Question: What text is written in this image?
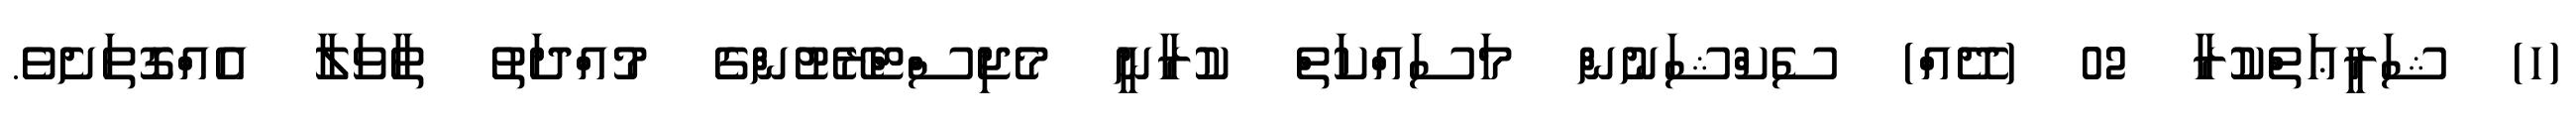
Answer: (ހ) ޝަރީޢަތްކުރާ 02 (ދޭއް) ސެކްޝަނުން މަސައްކަތް ކުރާނީ މެޖިސްޓްރޭޓުންގެ މުއްދަތު ތާވަލާ އެއްގޮތަށެވެ.